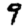
Digit: 9